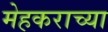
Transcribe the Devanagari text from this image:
मेहकराच्या